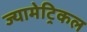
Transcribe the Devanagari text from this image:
ज्यामेट्रिकल